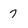
Character: 7